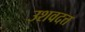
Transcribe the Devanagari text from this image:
उशवदत्त